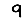
Digit: 9